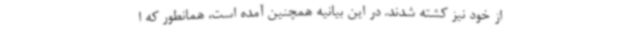
از خود نیز کشته شدند. در این بیانیه همچنین آمده است، همانطور که ا